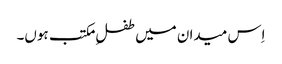
اِس میدان میں طفلِ مکتب ہوں۔